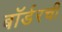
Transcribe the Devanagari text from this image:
बॉर्डरची